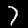
Label: 7